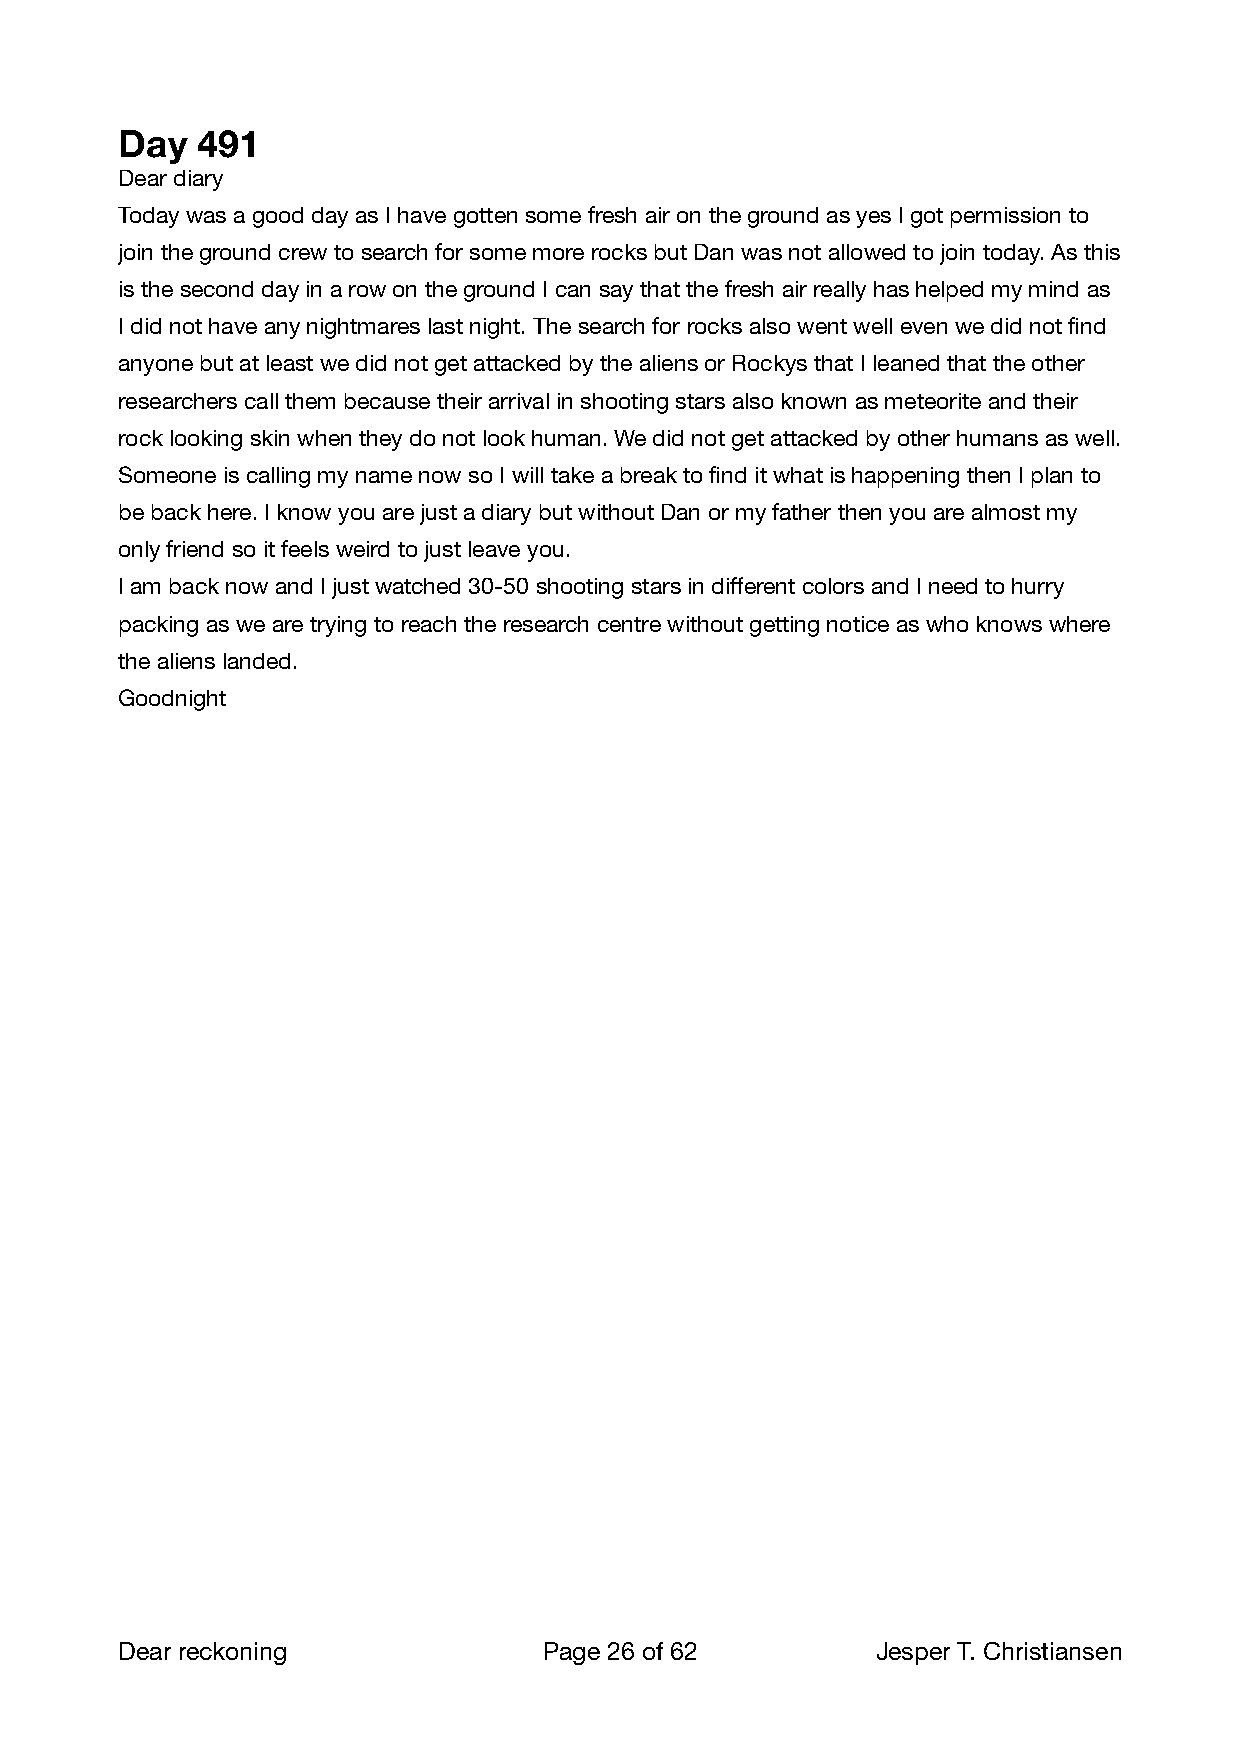
Day  491
 Dear diary
 Today was a good day as I have gotten some fresh air on the ground as yes I got permission to
 join the ground crew to search for some more rocks but Dan was not allowed to join today. As this
 is the second day in a row on the ground I can say that the fresh air really has helped my mind as
 I did not have any nightmares last night. The search for rocks also went well even we did not find
 anyone but at least we did not get attacked by the aliens or Rockys that I leaned that the other
 researchers call them because their arrival in shooting stars also known as meteorite and their
 rock looking skin when they do not look human. We did not get attacked by other humans as well.
 Someone is calling my name now so I will take a break to find it what is happening then I plan to
 be back here. I know you are just a diary but without Dan or my father then you are almost my
 only friend so it feels weird to just leave you.
 I am back now and I just watched 30-50 shooting stars in different colors and I need to hurry
 packing as we are trying to reach the research centre without getting notice as who knows where
 the aliens landed.
 Goodnight
 Dear reckoning              Page 26 of 62        Jesper T. Christiansen